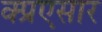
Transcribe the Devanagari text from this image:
क्प्रएसार